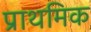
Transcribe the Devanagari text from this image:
प्राथमिक